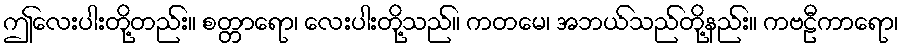
ဤလေးပါးတို့တည်း။ စတ္တာရော၊ လေးပါးတို့သည်။ ကတမေ၊ အဘယ်သည်တို့နည်း။ ကဗဠီကာရော၊